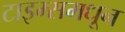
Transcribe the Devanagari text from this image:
टाइम्समधून